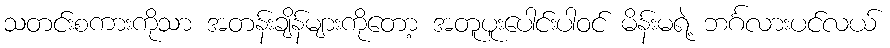
သတင်းစကားကိုသာ အတန်းချိန်များကိုတော့ အတူပူးပေါင်းပါဝင် မိန်းမရဲ့ ဘင်္ဂလားပင်လယ်